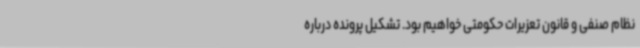
نظام صنفی و قانون تعزیرات حکومتی خواهیم بود. تشکیل پرونده درباره